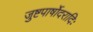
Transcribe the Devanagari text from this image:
जुष्टपार्षोदरादिः